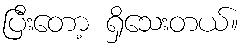
ပြီးတော့ ရှိသေးတယ်။